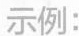
示例：